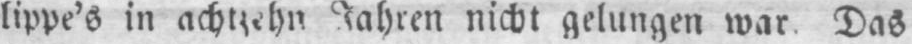
Jahren nicht gelungen war. Das